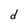
Character: d